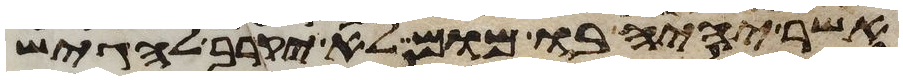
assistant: אשר יהיה בו מום לא יקרב להגיש